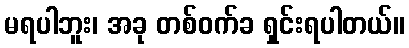
မရပါဘူး၊ အခု တစ်ဝက်ခ ရှင်းရပါတယ်။